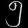
Digit: ၅